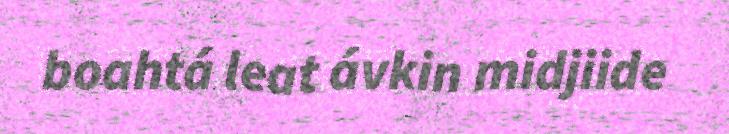
boahtá leat ávkin midjiide